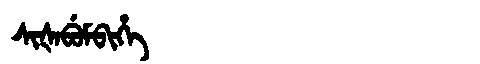
Manchu: ᠰᡳᡧᠠᠪᡠᠮᠪᡳᡥᡝ
Romanization: SIŠABUMBIHE